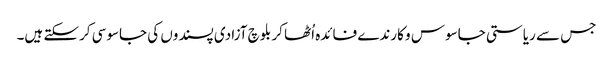
جس سے ریاستی جاسوس و کارندے فائدہ اُٹھا کر بلوچ آزادی پسندوں کی جاسوسی کرسکتے ہیں۔